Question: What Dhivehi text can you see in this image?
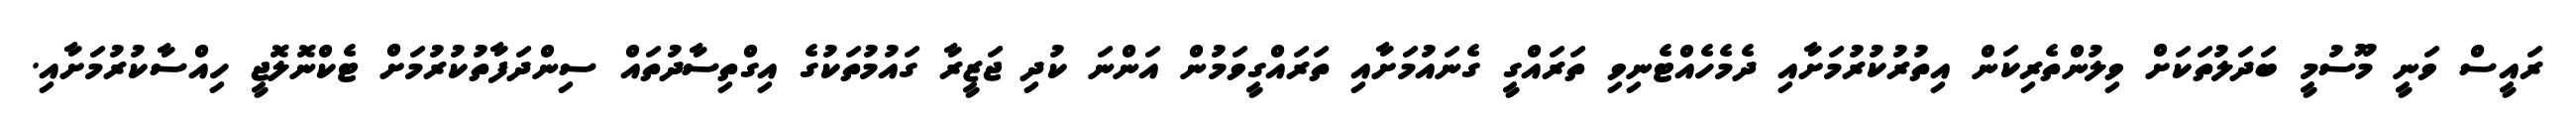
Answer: ރައީސް ވަނީ މޫސުމީ ބަދަލުތަކަށް ވިލުންތެރިކަން އިތުރުކުރުމަށާއި ދެމެހެއްޓެނިވި ތަރައްގީ ގެނައުމަށާއި ތަރައްގީވަމުން އަންނަ ކުދި ޖަޒީރާ ގައުމުތަކުގެ އިގްތިސާދުތައް ސިންދަފާތުކުރުމަށް ޓެކްނޮލޮޖީ ހިއްސާކުރުމަށާއި.